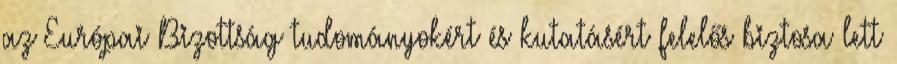
az Európai Bizottság tudományokért és kutatásért felelős biztosa lett